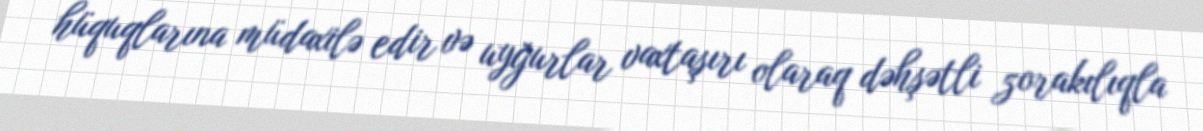
hüquqlarına müdaxilə edir və uyğurlar vaxtaşırı olaraq dəhşətli zorakılıqla